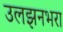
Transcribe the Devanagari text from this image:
उलझनभरा